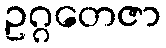
ဥဂ္ဂတေဇာ